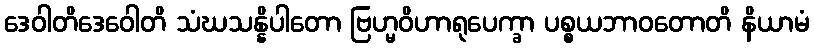
ဒေဝါတိဒေဝေါတိ သံဃသန္နိပါတော ဗြဟ္မဝိဟာရုပေက္ခာ ပစ္စယဘာဝတောတိ နိယာမံ